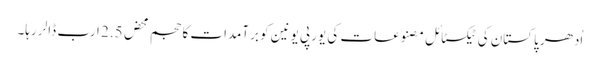
اُدھر پاکستان کی ٹیکسٹائل مصنوعات کی یورپی یونین کو برآمدات کا حجم محض 2.5 ارب ڈالر رہا۔